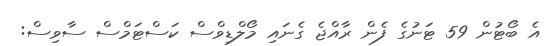
އެ ބޯޓުން 59 ޓަނުގެ ފެން ރާއްޖެ ގެނައި މޯލްޑިވްސް ކަސްޓަމްސް ސާވިސް: